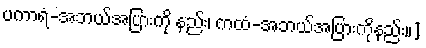
ပကာရံ-အဘယ်အပြားကို နည်း၊ ကထံ-အဘယ်အပြားကိုနည်း။]